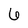
Character: 6